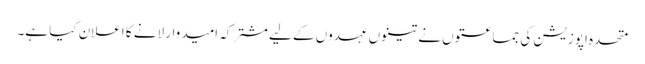
متحدہ اپوزیشن کی جماعتوں نے تینوں عہدوں کے لیے مشترکہ امیدوار لانے کا اعلان کیا ہے۔